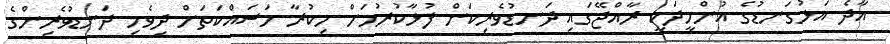
އާދެ އަޅުގަނޑުގެ އުންމީދަކީ ރާއްޖޭގައި ދަނޑުވެރިކަން ފުޅާކުރުމަށް މިކުރާ މަސައްކަތަށް ދިވެހި ދަނޑުވެރިންގެ